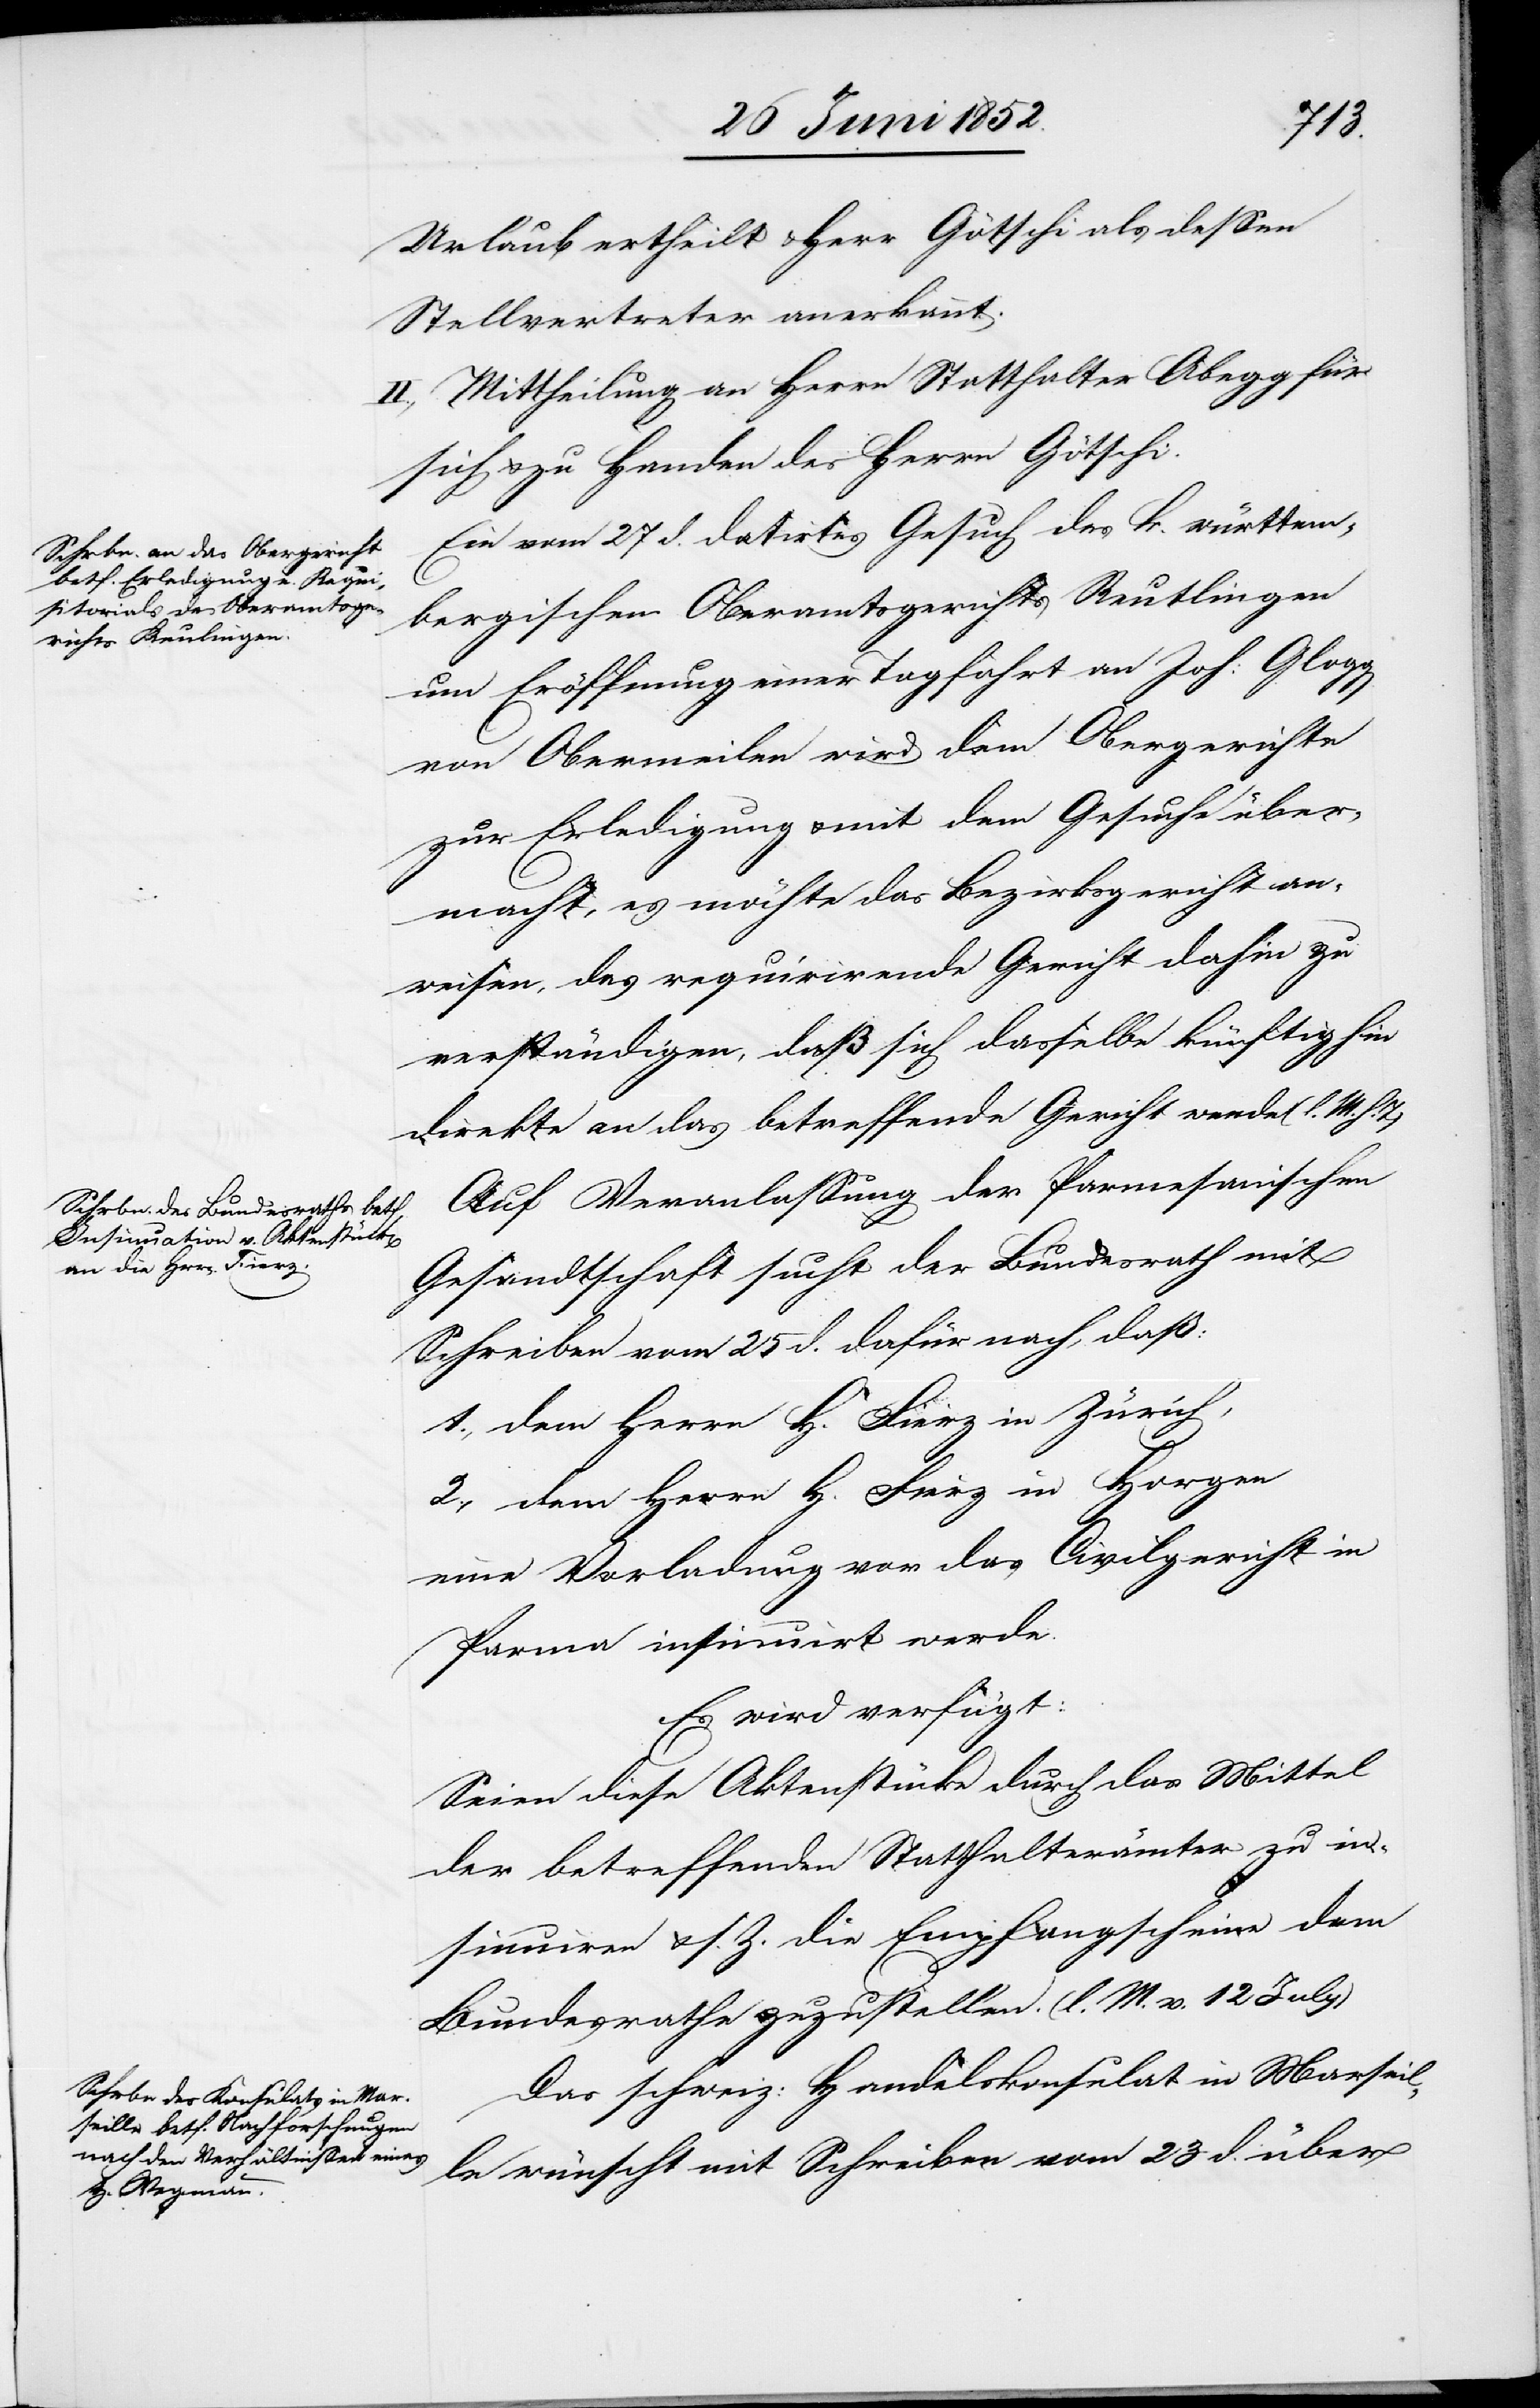
29 Juni 1852.]
Urlaub ertheilt & Herr Götschi als dessen
Stellvertreter anerkannt.
II., Mittheilung an Herrn Statthalter Abegg für
sich & zu Handen des Herrn Götschi.
Ein vom 27 d. datirtes Gesuch des k. württem¬
bergischen Oberamtsgerichts Reutlingen
um Eröffnung einer Tagfahrt an Joh: Glogg
von Obermeilen wird dem Obergerichte
zur Erledigung & mit dem Gesuche über¬
macht, es möchte das Bezirksgericht an¬
weisen, das requirirende Gericht dahin zu
verständigen, daß sich dasselbe künftighin
direkte an das betreffende Gericht wende (l. M. h.
Auf Veranlassung der Parmesanischen
Gesandtschaft sucht der Bundesrath mit
Schreiben vom 25 d. dafür nach, daß:
1., dem Herrn H. Fierz in Zürich,
2., dem Herrn H. Fierz in Horgen
eine Vorladung vor das Civilgericht in
Parma insinuirt werde.
Es wird verfügt:
Seien diese Aktenstücke durch das Mittel
der betreffenden Statthalterämter zu in¬
sinuiren & s. Z. die Empfangscheine dem
Bundesrathe zuzustellen. (l. M. v. 12 July)
Das schweiz: Handelskonsulat in Marseil¬
le wünscht mit Schreiben vom 23 d. über